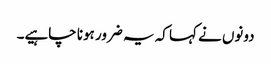
دونوں نے کہا کہ یہ ضرور ہونا چاہیے۔